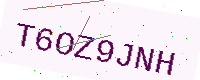
Text: T6OZ9JNH